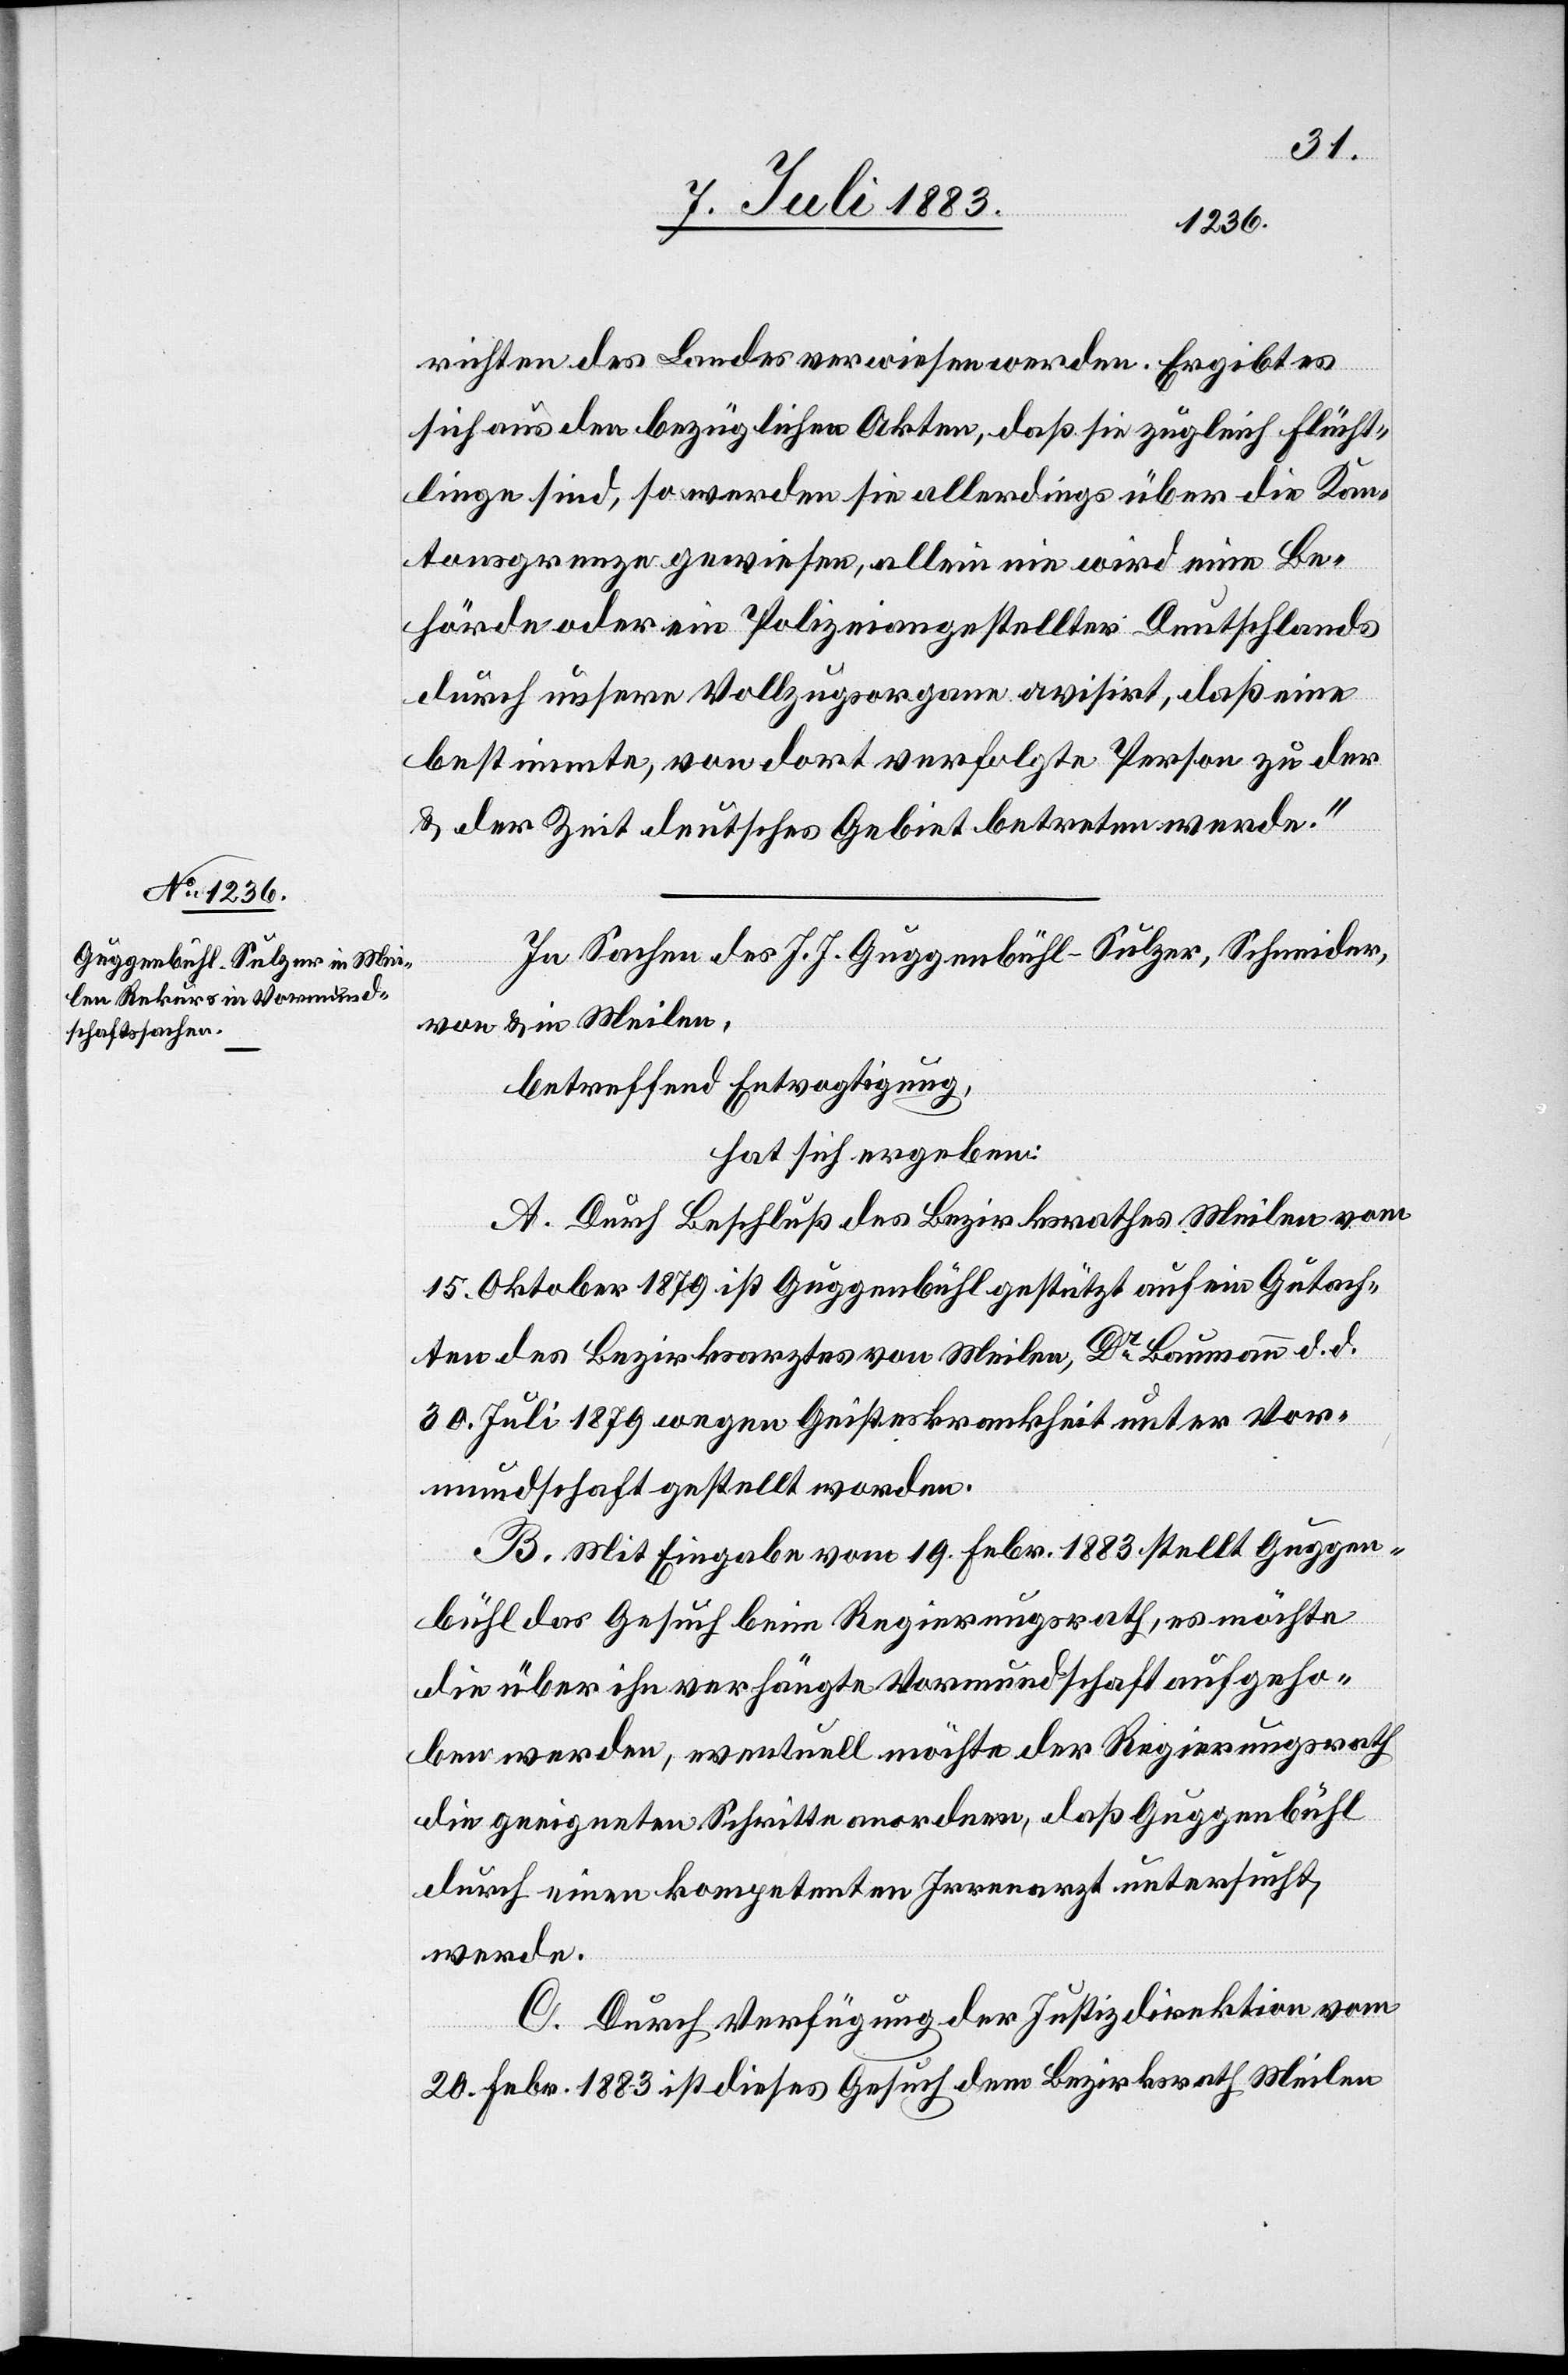
richten des Landes verwiesen werden. Ergibt es
sich aus den bezüglichen Akten, daß sie zugleich Flücht¬
linge sind, so werden sie allerdings über die Kan¬
tonsgrenze gewiesen, allein nie wird eine Be¬
hörde oder ein Polizeiangestellter Deutschlands
durch unsere Vollzugsorgane avisirt, daß eine
bestimmte, von dort verfolgte Person zu der
& der Zeit deutsches Gebiet betreten werde.“
In Sachen des J. J. Guggenbühl-Sulzer, Schneider,
von & in Meilen,
betreffend Entvogtigung,
hat sich ergeben:
A. Durch Beschluß des Bezirksrath Meilen vom
15. Oktober 1879 ist Guggenbühl gestützt auf ein Gutach¬
ten des Bezirksarztes von Meilen, Dr Baumann d. d.
30. Juli 1879 wegen Geisteskrankheit unter Vor¬
mundschaft gestellt worden.
B. Mit Eingabe vom 19. Febr. 1883 stellt Guggen¬
bühl das Gesuch beim Regierungsrath, es möchte
die über ihn verhängte Vormundschaft aufgeho¬
ben werden, eventuell möchte der Regierungsrath
die geeigneten Schritte anordnen, daß Guggenbühl
durch einen kompetenten Irrenarzt untersucht
werde.
C. Durch Verfügung der Justizdirektion vom
20. Febr. 1883 ist dieses Gesuch dem Bezirksrath Meilen